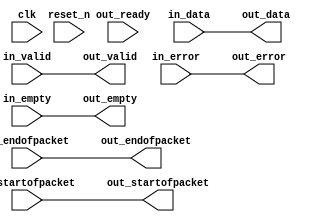
// --------------------------------------------------------------------------------
//| Avalon Streaming Timing Adapter
// --------------------------------------------------------------------------------
// altera message_level level1

`timescale 1ns / 100ps
module qsys_10g_eth_10g_design_example_0_eth_10g_mac_rx_st_timing_adapter_frame_status_in (
    
      // Interface: clk
      input              clk,
      // Interface: reset
      input              reset_n,
      // Interface: in
      input              in_valid,
      input      [63: 0] in_data,
      input              in_error,
      input              in_startofpacket,
      input              in_endofpacket,
      input      [ 2: 0] in_empty,
      // Interface: out
      output reg         out_valid,
      output reg [63: 0] out_data,
      output reg         out_error,
      output reg         out_startofpacket,
      output reg         out_endofpacket,
      output reg [ 2: 0] out_empty,
      input              out_ready
);




   // ---------------------------------------------------------------------
   //| Signal Declarations
   // ---------------------------------------------------------------------

   reg  [69: 0] in_payload;
   reg  [69: 0] out_payload;
   reg  [ 0: 0] ready;
   reg          in_ready;
   // synthesis translate_off
   always @(negedge in_ready) begin
      $display("%m: The downstream component is backpressuring by deasserting ready, but the upstream component can't be backpressured.");
   end
   // synthesis translate_on   


   // ---------------------------------------------------------------------
   //| Payload Mapping
   // ---------------------------------------------------------------------
   always @* begin
     in_payload = {in_data,in_error,in_startofpacket,in_endofpacket,in_empty};
     {out_data,out_error,out_startofpacket,out_endofpacket,out_empty} = out_payload;
   end

   // ---------------------------------------------------------------------
   //| Ready & valid signals.
   // ---------------------------------------------------------------------
   always @* begin
     ready[0] = out_ready;
     out_valid = in_valid;
     out_payload = in_payload;
     in_ready = ready[0];
   end




endmodule